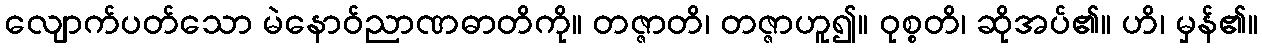
လျောက်ပတ်သော မဲနောဝ်ညာဏဓာတိကို။ တဇ္ဇာတိ၊ တဇ္ဇာဟူ၍။ ဝုစ္စတိ၊ ဆိုအပ်၏။ ဟိ၊ မှန်၏။